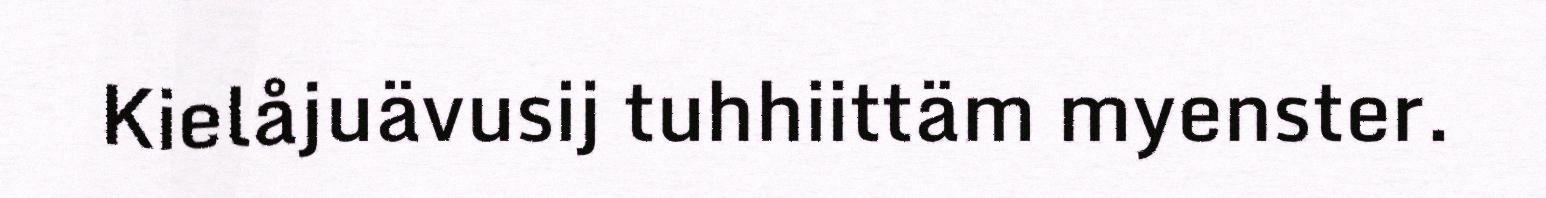
Kielåjuävusij tuhhiittäm myenster.